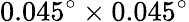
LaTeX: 0.045^{\circ}\times 0.045^{\circ}